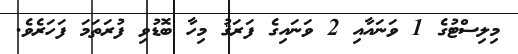
މިލިސްޓުގެ 1 ވަނައާއި 2 ވަނައިގެ ފަރަޤު މިހާ ބޮޑުވި ފުރަތަމަ ފަހަރެވެ.